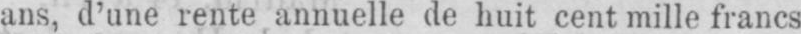
ans, d’une rente annuelle de huit cent mille francs